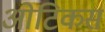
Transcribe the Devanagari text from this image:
ओटिकस